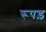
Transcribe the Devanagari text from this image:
रूपड़